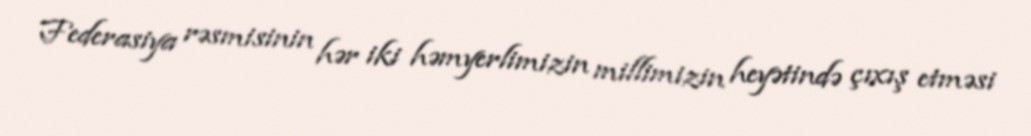
Federasiya rəsmisinin hər iki həmyerlimizin millimizin heyətində çıxış etməsi